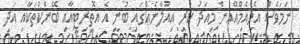
ނަމަވެސް އެމްއެމްއޭއިން މިއަދު ކުރި އިއުލާނެއްގައި ބުނީ އެ އޮތީރިޓީއާއި ބޭންކުތަކާއި އަދި